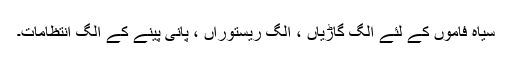
سیاہ فاموں کے لئے الگ گاڑیاں ، الگ ریستوراں ، پانی پینے کے الگ انتظامات۔